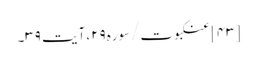
[۴۳] عنکبوت/سوره۲۹، آیت ۳۹۔